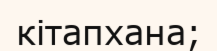
кітапхана;